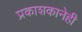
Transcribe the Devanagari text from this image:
प्रकाशकानेही